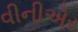
વીનીએર